Kiideva_(Sinalepa)_vallavalitsus, lk 9
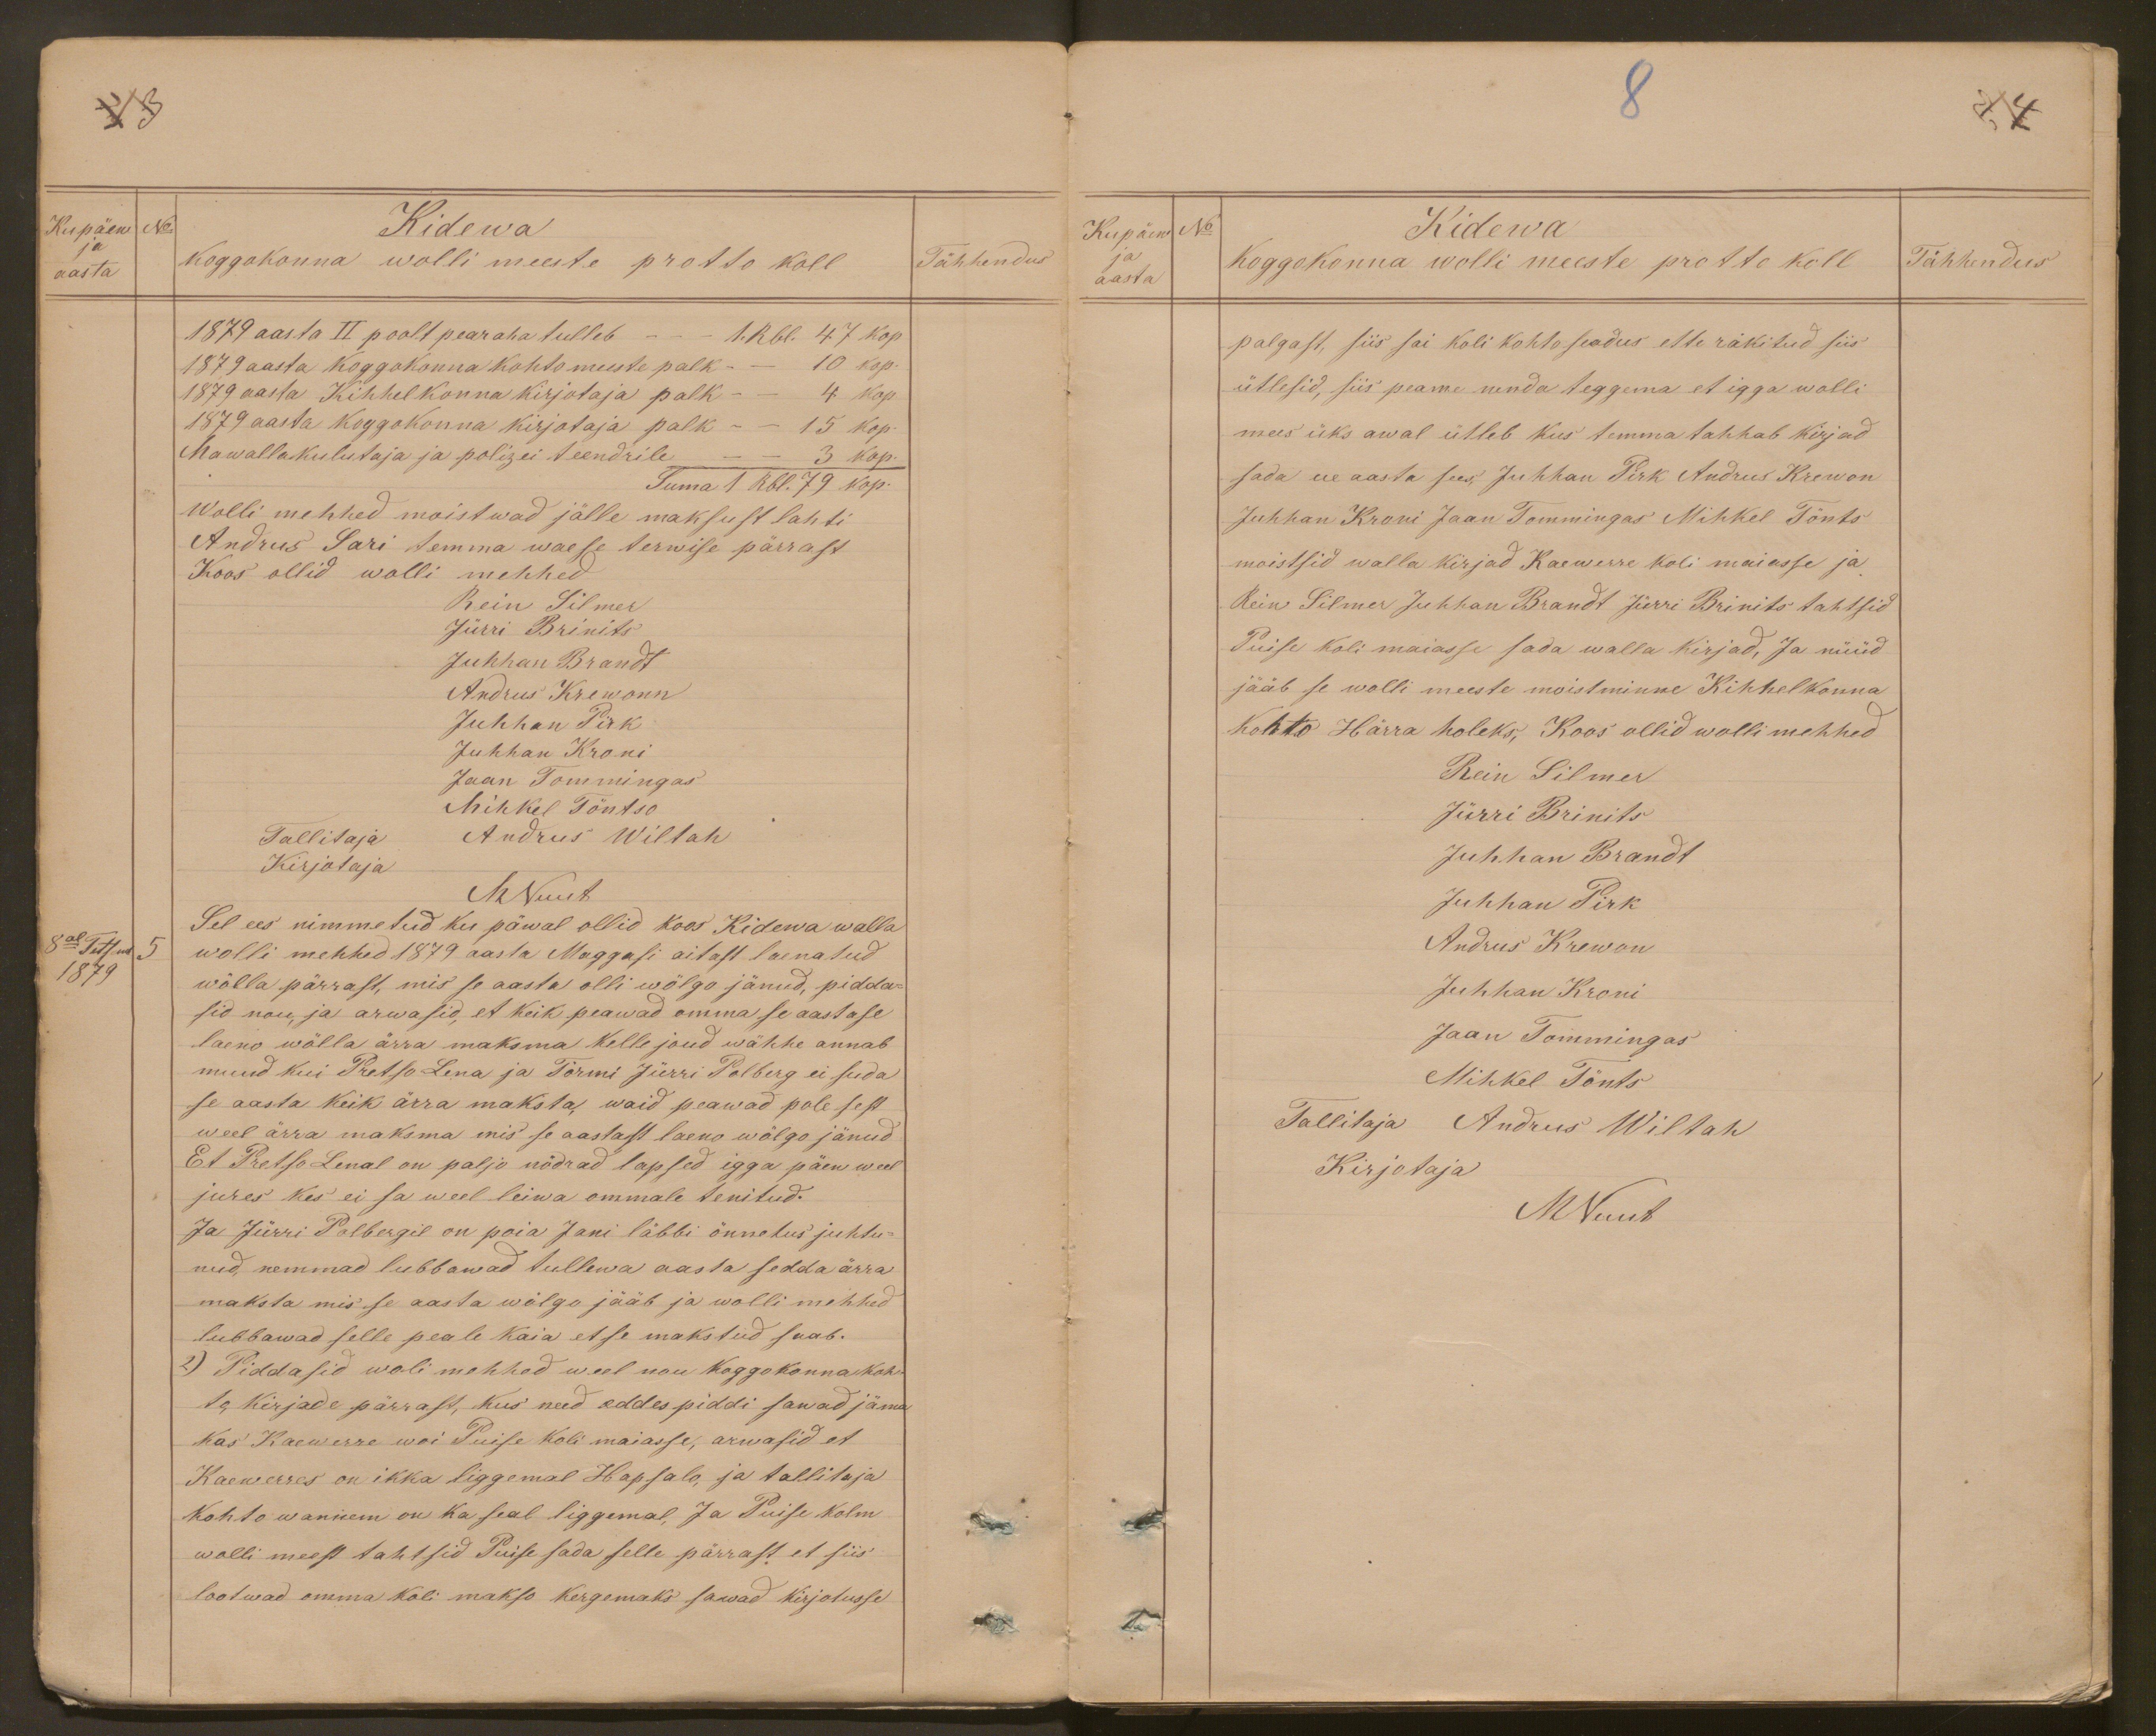
Kupäew
Kidewa
No
ja
aasta
koggokonna wolli meeste protto koll
Tähhendus
1879 aasta II poolt pearaha tulleb - - 1.Rbl. 47 kop.
1879 aasta koggokonna kohto meeste palk - - 10 kop.
1879 aasta Kihhelkonna kirjotaja palk - - 4 kop.
1879 aasta koggokonna kirjotaja palk - - 15 kop.
Mawalla kulutaja ja polizei teendrile - - 3 kop.
Suma 1 Rbl. 79 kop.
Wolli mehhed moistwad jälle maksust lahti
Andrus Sari temma waese terwise pärrast
Koos ollid wolli mehhed
Rein Silmer
Jürri Brinits
Juhhan Brandt
Andrus Krewonn
Juhhan Pirk
Juhhan Kroni
Jaan Tommingas
Mihkel Töntso
Tallitaja
Andrus Wiltah
Kirjotaja
M Nuut
Sel ees nimmetud ku päwal ollid koos Kidewa walla
8al Tetsem
5
1879
wolli mehhed 1879 aasta Maggasi aitast laenatud
wõlla pärrast, mis se aasta olli wõlgo jänud, pidda-
sid nou, ja arwasid, et keik peawad omma se aastase
laeno wõlla ärra maksma kelle joud wähhe annab
muud kui Pretso Lena ja Törmi Jürri Polberg ei suda
se aasta keik ärra maksta, waid peawad pole sest
weel ärra maksma mis se aastast laeno wõlgo jänud
Et Pretso Lenal on paljo nõdrad lapsed igga päew weel
jures kes ei sa weel leiwa ommale tenitud.
Ja Jürri Polbergil on poia Jani läbbi õnnetus juhtu-
nud, nemmad lubbawad tullewa aasta sedda ärra
maksta mis se aasta wõlgo jääb ja wolli mehhed
lubbawad selle peale kaia et se makstud saab.
2) Piddasid woli mehhed weel nou koggokonna koh-
ta kirjade pärrast, kus need eddespiddi sawad jäma
Kas Kaewerre woi Puise koli maiasse, arwasid et
Kaewerres on ikka liggemal Hapsalo, ja tallitaja
Kohto wannem on ka seal liggemal, Ja Puise kolm
wolli meest tahtsid Puise sada selle pärrast et siis
lootwad omma koli makso kergemaks sawad kirjotusse

Kupäew No
Kidewa
ja
aasta
koggokonna wolli meeste prottokoll
Tähhendus
palgast, siis sai koli kohto seadus ette räkitud siis
ütlesid, siis peame nenda teggema et igga wolli
mees üks awal ütleb kus temma tahhab kirjad
sada ue aasta sees, Juhhan Pirk Andrus Krewon
Juhhan Kroni Jaan Tommingas Mihkel Tönts
moistsid walla kirjad Kaewerre koli maiasse ja
Rein Silmer Juhhan Brandt Jürri Brinits tahtsid
Puise koli maiasse sada walla kirjad, Ja nüüd
jääb se wolli meeste moistminne Kihhelkonna
kohto Härra holeks, Koos ollid wollimehhed
Rein Silmer
Jürri Brinits
Juhhan Brandt
Juhhan Pirk
Andrus Krewon
Juhhan Kroni
Jaan Tommingas
Mihkel Tönts
Tallitaja Andrus Wiltah
Kirjotaja
MNuut